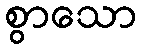
စွာသော